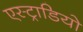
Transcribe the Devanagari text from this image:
एस्ट्राडियो